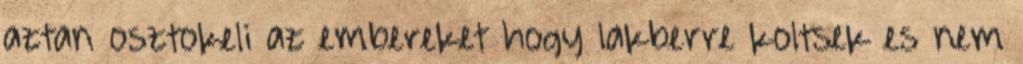
aztan osztokeli az embereket hogy lakberre koltsek es nem